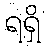
ရရှိ